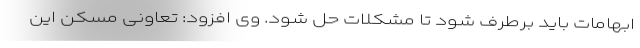
ابهامات باید برطرف شود تا مشکلات حل شود. وی افزود: تعاونی مسکن این